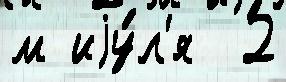
м иjу́л'я  2